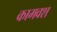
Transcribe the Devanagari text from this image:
कामवश